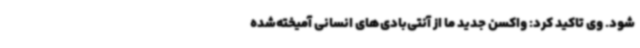
شود. وی تاکید کرد: واکسن جدید ما از آنتی‌بادی‌های انسانی آمیخته‌شده